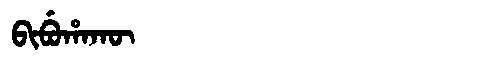
Manchu: ᠪᡳᠪᡠᡥᠠᡴᡡ
Romanization: BIBUHAKŪ